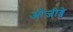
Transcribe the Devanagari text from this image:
ओजीब्वे